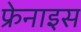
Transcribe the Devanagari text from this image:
फ्रेनाइस